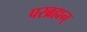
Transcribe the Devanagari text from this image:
परब्रह्मन्